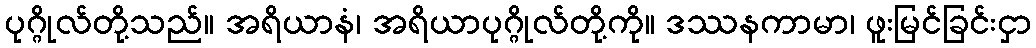
ပုဂ္ဂိုလ်တို့သည်။ အရိယာနံ၊ အရိယာပုဂ္ဂိုလ်တို့ကို။ ဒဿနကာမာ၊ ဖူးမြင်ခြင်းငှာ